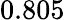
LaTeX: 0.805